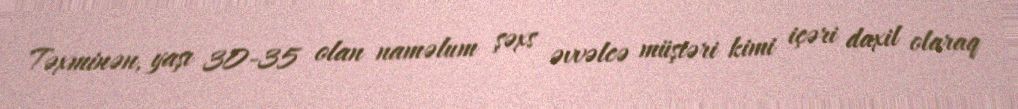
Təxminən, yaşı 30-35 olan naməlum şəxs əvvəlcə müştəri kimi içəri daxil olaraq